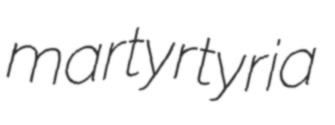
martyrtyria